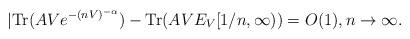
LaTeX: \begin{align*}|{\rm Tr}(AVe^{-(nV)^{-\alpha}})-{\rm Tr}(AVE_V[1/n,\infty))=O(1),n\to\infty.\end{align*}